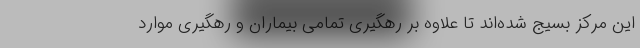
این مرکز بسیج شده‌اند تا علاوه بر رهگیری تمامی بیماران و رهگیری موارد